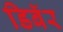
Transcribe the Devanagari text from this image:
डिबॅर